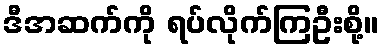
ဒီအဆက်ကို ရပ်လိုက်ကြဦးစို့။